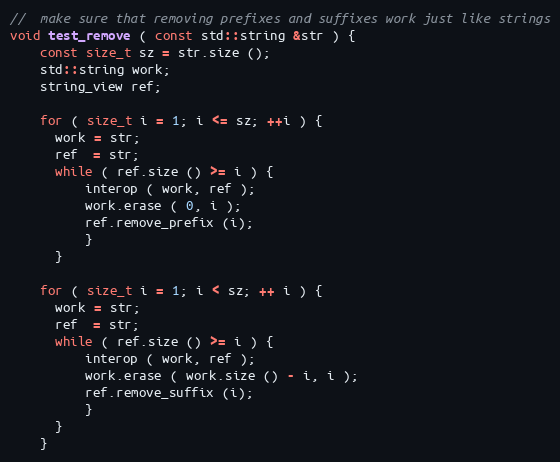
Language: C++
//  make sure that removing prefixes and suffixes work just like strings
void test_remove ( const std::string &str ) {
    const size_t sz = str.size ();
    std::string work;
    string_view ref;

    for ( size_t i = 1; i <= sz; ++i ) {
      work = str;
      ref  = str;
      while ( ref.size () >= i ) {
          interop ( work, ref );
          work.erase ( 0, i );
          ref.remove_prefix (i);
          }
      }

    for ( size_t i = 1; i < sz; ++ i ) {
      work = str;
      ref  = str;
      while ( ref.size () >= i ) {
          interop ( work, ref );
          work.erase ( work.size () - i, i );
          ref.remove_suffix (i);
          }
      }
    }